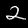
Digit: 2